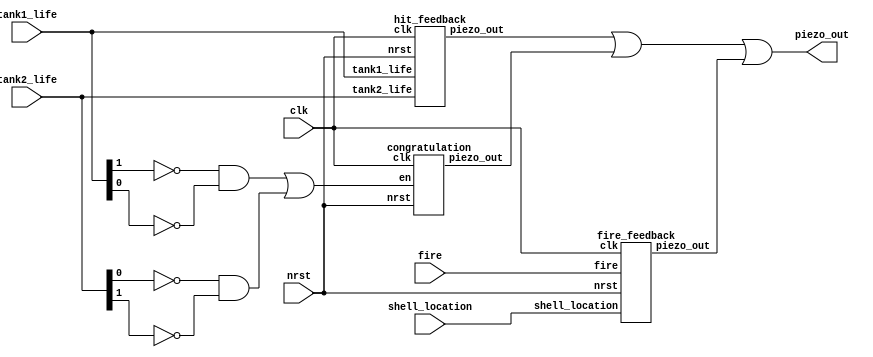
module Piezo(clk, nrst, tank1_life, tank2_life, shell_location, fire, piezo_out);
    input clk, nrst;
    input [1:0] tank1_life, tank2_life;
	 input [7:0] shell_location;
	 input fire;
    output piezo_out;

    wire piezo1, piezo2, piezo3;
    wire cong_en;

    assign cong_en = (!tank1_life[1] & !tank1_life[0]) | (!tank2_life[0] & !tank2_life[1]);
    assign piezo_out = piezo1 | piezo2 | piezo3;

    hit_feedback hitFeedback(clk, nrst, tank1_life, tank2_life, piezo1);
    congratulation cong(clk, nrst, cong_en, piezo2);
	 fire_feedback fireFeedback(clk, nrst, shell_location, fire, piezo3);
endmodule

module fire_feedback(clk, nrst, shell_location, fire, piezo_out);
	input clk, nrst, fire;
	input [7:0] shell_location;
	output piezo_out;
	
	integer timePass, cnt, limit;
	reg buff, en;
	reg [7:0] reg_shell_loc;

	assign piezo_out = buff;
	
	initial begin
			timePass = 0;
			cnt = 0;
			limit = 1000;
			reg_shell_loc = 8'b00100000;
			buff = 1'b0;
			en = 1'b0;
		end
   
	always@(posedge clk or negedge nrst) begin
		if(!nrst) begin
			timePass = 0;
			cnt = 0;
			limit = 1000;
			reg_shell_loc = 8'b00100000;
			buff = 1'b0;
			en = 1'b0;
			end
		else begin
			if(fire) begin
				if(shell_location != reg_shell_loc) begin
				reg_shell_loc = shell_location;
				en = 1'b1;
				end
			end
			if(en) begin
				timePass = timePass + 1;
				cnt = cnt + 1;
				if(cnt > limit) begin
					cnt = 0;
					buff = !buff;
				end
				if(timePass > 100000) begin
					cnt = 0;
					timePass = 0;
					en = 1'b0;
					buff = 1'b0;
				end
			end
			else begin
				cnt = 0;
				timePass = 0;
				en = 1'b0;
				buff = 1'b0;
			end
		end
	end
endmodule		

module hit_feedback(clk, nrst, tank1_life, tank2_life, piezo_out);
    input clk, nrst;
    input [1:0] tank1_life, tank2_life;
    output piezo_out;

    reg [1:0] reg_tank1_life, reg_tank2_life;
    reg buff, en;

    assign piezo_out = buff;

    integer timePass, cnt, limit;

    initial begin
        reg_tank1_life = 2'b11;
        reg_tank2_life = 2'b11;
        en = 1'b0;
        buff = 1'b0;
        timePass = 0;
        cnt = 0;
        limit = 500;
    end

    always@(posedge clk or negedge nrst) begin
        if(!nrst) begin
            reg_tank1_life = 2'b11;
            reg_tank2_life = 2'b11;
            en = 1'b0;
            buff = 1'b0;
            timePass = 0;
            cnt = 0;
            limit = 500;
        end
        else if(tank1_life != 2'b00 && tank2_life != 2'b00)
            begin
            if(reg_tank1_life != tank1_life || reg_tank2_life != tank2_life) begin
                reg_tank1_life = tank1_life;
                reg_tank2_life = tank2_life;
                en = 1'b1;
            end
            if(en) begin
                if(cnt >= limit) begin
                    cnt = 0;
                    buff = !buff;
                    timePass = timePass + 1;
                end
                else begin
                    cnt = cnt + 1;
                    timePass = timePass + 1;
                end
                if(timePass >= 200000) begin
                    cnt = 0;
                    timePass = 0;
                    buff = 1'b0;
                    en = 1'b0;
                end
            end
        end
    end
endmodule

module congratulation(clk, nrst, en, piezo_out);
    input clk, nrst, en;
    output piezo_out;

    reg buff;
    assign piezo_out = buff;

    integer cnt, beat, i;
    integer cn_sound, limit;

    integer LB, D, DS, E, G, A, B;

    initial begin
        buff <= 1'b0;
        cnt <= 0;
        beat <= 65535; // 1/8 second, 1/16 beat
        i <= 129;
        cn_sound = 0;
        limit = 65535;
            LB <= 4246;
				D <= 3570;
				DS <= 3370;
				E <= 3182;
				G <= 2676;
				A <= 2384;
				B <= 2124;

    end

    always@(posedge clk or negedge nrst) begin
        if(!nrst) begin
            buff = 1'b0;
            cnt = 0;
            beat = 65535; // 1/16 beat, 3 beat / sec
            i = 129;
            cn_sound = 0;
            LB <= 4246;
				D <= 3570;
				DS <= 3370;
				E <= 3182;
				G <= 2676;
				A <= 2384;
				B <= 2124;

        end
        else if (en) begin
            if(cnt >= beat) begin
                cnt = 0;
                cn_sound = 0;
                i = i + 1;
            end
            if(i >= 577) begin
                i = 129; // infinite loop
            end
            if(cn_sound >= limit) begin
                cn_sound = 0;
                buff = !buff;
                cnt = cnt + 1;
            end
            else begin
                cn_sound = cn_sound + 1;
                cnt = cnt + 1;
            end
        end
        else begin
            buff = 1'b0;
            cnt = 0;
            beat = 65535; // 1/16 beat
            i = 129;
            cn_sound = 0;
            LB <= 4246;
				D <= 3570;
				DS <= 3370;
				E <= 3182;
				G <= 2676;
				A <= 2384;
				B <= 2124;

        end
    end

    always@(i) begin
        case(i)
        0   : limit = beat; // break

        1   : limit = E;
        2   : limit = E;
        3   : limit = E; 
        4   : limit = beat;

        5   : limit = E;
        6   : limit = E;
        7   : limit = E;
        8   : limit = beat;

        9   : limit = E;
        10  : limit = E;
        11  : limit = G;
        12  : limit = G;

        13  : limit = G;
        14  : limit = G;
        15  : limit = A;
        16  : limit = A;

        17   : limit = A;
        18   : limit = A;
        19   : limit = A; 
        20   : limit = A;

        21   : limit = A;
        22   : limit = A;
        23   : limit = A;
        24   : limit = A;

        25  : limit = A;
        26  : limit = A;
        27  : limit = A;
        28  : limit = A;

        29  : limit = beat;
        30  : limit = beat;
        31  : limit = beat;
        32  : limit = beat;

        33  : limit = E;
        34  : limit = E;
        35  : limit = E;
        36  : limit = beat;

        37  : limit = E;
        38  : limit = E;
        39  : limit = E;
        40  : limit = beat;

        41  : limit = E;
        42  : limit = E;
        43  : limit = G;
        44  : limit = G;

        45  : limit = G;
        46  : limit = G;
        47  : limit = G;
        48  : limit = G;

        49  : limit = A;
        50  : limit = A;
        51  : limit = A;
        52  : limit = A;

        53  : limit = A;
        54  : limit = A;
        55  : limit = A;
        56  : limit = A;

        57  : limit = A;
        58  : limit = A;
        59  : limit = A;
        60  : limit = A;

        61  : limit = beat;
        62  : limit = beat;
        63  : limit = beat;
        64  : limit = beat;

        65  : limit = E;
        66  : limit = E;
        67  : limit = E;
        68  : limit = beat;

        69  : limit = E;
        70  : limit = E;
        71  : limit = E;
        72  : limit = beat;

        73  : limit = E;
        74  : limit = E;
        75  : limit = G;
        76  : limit = G;

        77  : limit = G;
        78  : limit = G;
        79  : limit = A;
        80  : limit = A;

        81  : limit = A;
        82  : limit = A;
        83  : limit = A;
        84  : limit = A;

        85  : limit = B;
        86  : limit = B;
        87  : limit = B;
        88  : limit = B;

        89  : limit = A;
        90  : limit = A;
        91  : limit = G;
        92  : limit = G;

        93  : limit = beat;
        94  : limit = beat;
        95  : limit = beat;
        96  : limit = beat;

        97  : limit = E;
        98  : limit = E;
        99  : limit = E;
        100 : limit = beat;

        101 : limit = E;
        102 : limit = E;
        103 : limit = E;
        104 : limit = E;

        105 : limit = D;
        106 : limit = D;
        107 : limit = DS;
        108 : limit = DS;

        109 : limit = DS;
        110 : limit = DS;
        111 : limit = E;
        112 : limit = E;
         
        113 : limit = E;
        114 : limit = E;
        115 : limit = E;
        116 : limit = E;
         
        117 : limit = E;
        118 : limit = E;
        119 : limit = E;
        120 : limit = E;
         
        121 : limit = E;
        122 : limit = E;
        123 : limit = E;
        124 : limit = E;
         
        125 : limit = beat;
        126 : limit = beat;
        127 : limit = beat;
        128 : limit = beat;
         
        129 : limit = B;
        130 : limit = beat;
        131 : limit = B;
        132 : limit = B;
         
        133 : limit = beat;
        134 : limit = beat;
        135 : limit = A;
        136 : limit = A;
         
        137 : limit = B;
        138 : limit = B;
        139 : limit = B;
        140 : limit = B;
         
        141 : limit = beat;
        142 : limit = beat;
        143 : limit = beat;
        144 : limit = beat;
         
        145 : limit = A;
        146 : limit = beat;
        147 : limit = A;
        148 : limit = A;
         
        149 : limit = beat;
        150 : limit = beat;
        151 : limit = G;
        152 : limit = G;
         
        153 : limit = B;
        154 : limit = beat;
        155 : limit = B;
        156 : limit = B;
         
        157 : limit = beat;
        158 : limit = beat;
        159 : limit = beat;
        160 : limit = beat;
         
        161 : limit = E;
        162 : limit = beat;
        163 : limit = E;
        164 : limit = E;
         
        165 : limit = beat;
        166 : limit = beat;
        167 : limit = D;
        168 : limit = D;
         
        169 : limit = LB;
        170 : limit = beat;
        171 : limit = LB;
        172 : limit = LB;
         
        173 : limit = G;
        174 : limit = G;
        175 : limit = G;
        176 : limit = G;
         
        177 : limit = E;
        178 : limit = E;
        179 : limit = E;
        180 : limit = E;
         
        181 : limit = E;
        182 : limit = E;
        183 : limit = E;
        184 : limit = E;
         
        185 : limit = E;
        186 : limit = E;
        187 : limit = E;
        188 : limit = E;
         
        189 : limit = beat;
        190 : limit = beat;
        191 : limit = beat;
        192 : limit = beat;
         
        193 : limit = E;
        194 : limit = beat;
        195 : limit = E;
        196 : limit = E;
         
        197 : limit = beat;
        198 : limit = beat;
        199 : limit = E;
        200 : limit = E;
         
        201 : limit = G;
        202 : limit = G;
        203 : limit = E;
        204 : limit = E;
         
        205 : limit = beat;
        206 : limit = beat;
        207 : limit = G;
        208 : limit = G;
         
        209 : limit = A;
        210 : limit = beat;
        211 : limit = A;
        212 : limit = A;
         
        213 : limit = beat;
        214 : limit = beat;
        215 : limit = G;
        216 : limit = G;
         
        217 : limit = B;
        218 : limit = beat;
        219 : limit = B;
        220 : limit = B;
         
        221 : limit = beat;
        222 : limit = beat;
        223 : limit = beat;
        224 : limit = beat;
         
        225 : limit = E;
        226 : limit = beat;
        227 : limit = E;
        228 : limit = E;
         
        229 : limit = beat;
        230 : limit = beat;
        231 : limit = D;
        232 : limit = D;
         
        233 : limit = LB;
        234 : limit = LB;
        235 : limit = LB;
        236 : limit = LB;
         
        237 : limit = G;
        238 : limit = G;
        239 : limit = G;
        240 : limit = G;
         
        241 : limit = E;
        242 : limit = E;
        243 : limit = E;
        244 : limit = E;
         
        245 : limit = E;
        246 : limit = E;
        247 : limit = E;
        248 : limit = E;
         
        249 : limit = E;
        250 : limit = E;
        251 : limit = E;
        252 : limit = E;
         
        253 : limit = beat;
        254 : limit = beat;
        255 : limit = beat;
        256 : limit = beat;
         
        257 : limit = E;
        258 : limit = beat;
        259 : limit = E;
        260 : limit = E;
         
        261 : limit = beat;
        262 : limit = beat;
        263 : limit = E;
        264 : limit = E;
         
        265 : limit = G;
        266 : limit = G;
        267 : limit = E;
        268 : limit = E;
         
        269 : limit = beat;
        270 : limit = beat;
        271 : limit = D;
        272 : limit = D;
         
        273 : limit = LB;
        274 : limit = LB;
        275 : limit = LB;
        276 : limit = LB;
         
        277 : limit = LB;
        278 : limit = LB;
        279 : limit = LB;
        280 : limit = LB;
         
        281 : limit = LB;
        282 : limit = LB;
        283 : limit = LB;
        284 : limit = LB;
         
        285 : limit = LB;
        286 : limit = LB;
        287 : limit = LB;
        288 : limit = LB;
         
        289 : limit = E;
        290 : limit = beat;
        291 : limit = E;
        292 : limit = E;
         
        293 : limit = beat;
        294 : limit = beat;
        295 : limit = E;
        296 : limit = E;
         
        297 : limit = G;
        298 : limit = G;
        299 : limit = E;
        300 : limit = E;
         
        301 : limit = beat;
        302 : limit = beat;
        303 : limit = G;
        304 : limit = G;
                       
        305 : limit = A;
        306 : limit = beat;
        307 : limit = A;
        308 : limit = A;
                       
        309 : limit = beat;
        310 : limit = beat;
        311 : limit = G;
        312 : limit = G;
                       
        313 : limit = B;
        314 : limit = beat;
        315 : limit = B;
        316 : limit = B;
                       
        317 : limit = B;
        318 : limit = B;
        319 : limit = beat;
        320 : limit = beat;

        321 : limit = E;
        322 : limit = beat;
        323 : limit = E;
        324 : limit = E;
        
        325 : limit = beat;
        326 : limit = beat;
        327 : limit = D;
        328 : limit = D;
        
        329 : limit = LB;
        330 : limit = LB;
        331 : limit = LB;
        332 : limit = LB;
        
        333 : limit = G;
        334 : limit = G;
        335 : limit = G;
        336 : limit = G;
        
        337 : limit = E;
        338 : limit = E;
        339 : limit = E;
        340 : limit = E;
        
        341 : limit = E;
        342 : limit = E;
        343 : limit = E;
        344 : limit = E;
        
        345 : limit = E;
        346 : limit = E;
        347 : limit = E;
        348 : limit = E;
        
        349 : limit = beat;
        350 : limit = beat;
        351 : limit = beat;
        352 : limit = beat;
        
        353 : limit = B;
        354 : limit = beat;
        355 : limit = B;
        356 : limit = B;
        
        357 : limit = beat;
        358 : limit = beat;
        359 : limit = A;
        360 : limit = A;
        
        361 : limit = B;
        362 : limit = B;
        363 : limit = B;
        364 : limit = B;
        
        365 : limit = beat;
        366 : limit = beat;
        367 : limit = beat;
        368 : limit = beat;
        
        369 : limit = A;
        370 : limit = beat;
        371 : limit = A;
        372 : limit = A;
        
        373 : limit = beat;
        374 : limit = beat;
        375 : limit = G;
        376 : limit = G;
        
        377 : limit = B;
        378 : limit = beat;
        379 : limit = B;
        380 : limit = B;
        
        381 : limit = beat;
        382 : limit = beat;
        383 : limit = beat;
        384 : limit = beat;
        
        385 : limit = E;
        386 : limit = beat;
        387 : limit = E;
        388 : limit = E;
        
        389 : limit = beat;
        390 : limit = beat;
        391 : limit = D;
        392 : limit = D;
        
        393 : limit = LB;
        394 : limit = beat;
        395 : limit = LB;
        396 : limit = LB;
        
        397 : limit = G;
        398 : limit = G;
        399 : limit = G;
        400 : limit = G;
        
        401 : limit = E;
        402 : limit = E;
        403 : limit = E;
        404 : limit = E;
        
        405 : limit = E;
        406 : limit = E;
        407 : limit = E;
        408 : limit = E;
        
        409 : limit = E;
        410 : limit = E;
        411 : limit = E;
        412 : limit = E;
        
        413 : limit = beat;
        414 : limit = beat;
        415 : limit = beat;
        416 : limit = beat;
        
        417 : limit = E;
        418 : limit = beat;
        419 : limit = E;
        420 : limit = E;
        
        421 : limit = beat;
        422 : limit = beat;
        423 : limit = E;
        424 : limit = E;
        
        425 : limit = G;
        426 : limit = G;
        427 : limit = E;
        428 : limit = E;
        
        429 : limit = beat;
        430 : limit = beat;
        431 : limit = G;
        432 : limit = G;
        
        433 : limit = A;
        434 : limit = beat;
        435 : limit = A;
        436 : limit = A;
        
        437 : limit = beat;
        438 : limit = beat;
        439 : limit = G;
        440 : limit = G;
        
        441 : limit = B;
        442 : limit = beat;
        443 : limit = B;
        444 : limit = B;
        
        445 : limit = beat;
        446 : limit = beat;
        447 : limit = beat;
        448 : limit = beat;
        
        449 : limit = E;
        450 : limit = beat;
        451 : limit = E;
        452 : limit = E;
        
        453 : limit = beat;
        454 : limit = beat;
        455 : limit = D;
        456 : limit = D;
        
        457 : limit = LB;
        458 : limit = LB;
        459 : limit = LB;
        460 : limit = LB;
        
        461 : limit = G;
        462 : limit = G;
        463 : limit = G;
        464 : limit = G;
        
        465 : limit = E;
        466 : limit = E;
        467 : limit = E;
        468 : limit = E;
        
        469 : limit = E;
        470 : limit = E;
        471 : limit = E;
        472 : limit = E;
        
        473 : limit = E;
        474 : limit = E;
        475 : limit = E;
        476 : limit = E;
        
        477 : limit = beat;
        478 : limit = beat;
        479 : limit = beat;
        480 : limit = beat;
        
        481 : limit = E;
        482 : limit = beat;
        483 : limit = E;
        484 : limit = E;
        
        485 : limit = beat;
        486 : limit = beat;
        487 : limit = E;
        488 : limit = E;
        
        489 : limit = G;
        490 : limit = G;
        491 : limit = E;
        492 : limit = E;
        
        493 : limit = beat;
        494 : limit = beat;
        495 : limit = D;
        496 : limit = D;
        
        497 : limit = LB;
        498 : limit = LB;
        499 : limit = LB;
        500 : limit = LB;
        
        501 : limit = LB;
        502 : limit = LB;
        503 : limit = LB;
        504 : limit = LB;
        
        505 : limit = LB;
        506 : limit = LB;
        507 : limit = LB;
        508 : limit = LB;
        
        509 : limit = LB;
        510 : limit = LB;
        511 : limit = LB;
        512 : limit = LB;
        
        513 : limit = E;
        514 : limit = beat;
        515 : limit = E;
        516 : limit = E;
        
        517 : limit = beat;
        518 : limit = beat;
        519 : limit = E;
        520 : limit = E;
        
        521 : limit = G;
        522 : limit = G;
        523 : limit = E;
        524 : limit = E;
        
        525 : limit = beat;
        526 : limit = beat;
        527 : limit = G;
        528 : limit = G;
        
        529 : limit = A;
        530 : limit = beat;
        531 : limit = A;
        532 : limit = A;
        
        533 : limit = beat;
        534 : limit = beat;
        535 : limit = G;
        536 : limit = G;
        
        537 : limit = B;
        538 : limit = beat;
        539 : limit = B;
        540 : limit = B;
        
        541 : limit = B;
        542 : limit = B;
        543 : limit = beat;
        544 : limit = beat;
        
        545 : limit = E;
        546 : limit = beat;
        547 : limit = E;
        548 : limit = E;
        
        549 : limit = beat;
        550 : limit = beat;
        551 : limit = D;
        552 : limit = D;
        
        553 : limit = LB;
        554 : limit = LB;
        555 : limit = LB;
        556 : limit = LB;
        
        557 : limit = G;
        558 : limit = G;
        559 : limit = G;
        560 : limit = G;
        
        561 : limit = E;
        562 : limit = E;
        563 : limit = E;
        564 : limit = E;
        
        565 : limit = E;
        566 : limit = E;
        567 : limit = E;
        568 : limit = E;
        
        569 : limit = E;
        570 : limit = E;
        571 : limit = E;
        572 : limit = E;
        
        573 : limit = beat;
        574 : limit = beat;
        575 : limit = beat;
        576 : limit = beat;

        default : limit = beat;
        endcase
    end
endmodule